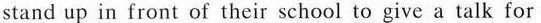
stand up in front of their school to give a talk for